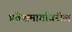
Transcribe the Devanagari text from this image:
प्रवेशमार्गावरील